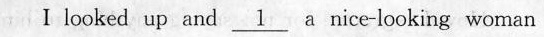
I looked and\underline{1}a nice